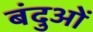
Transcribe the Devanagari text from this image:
बंदुओं